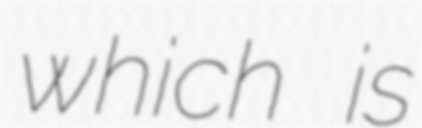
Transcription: which is